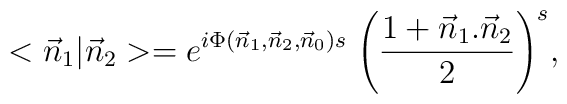
<{\vec n}_{1}|{\vec n}_{2}>=         e^{i \Phi ({\vec n}_{1},{\vec n}_{2},{\vec n}_{0}) s} \;         {\left( { {1+ {\vec n}_{1}.{\vec n}_{2}}\over 2} \right) }^{s},